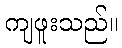
ကျဖူးသည်။